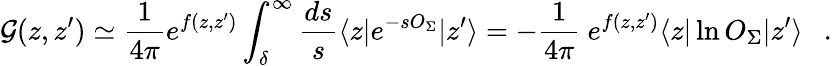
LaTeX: {\cal G}(z,z^{\prime})\simeq{\frac{1}{4\pi}}e^{f(z,z^{\prime})}\int_{\delta}^{\infty}{\frac{ds}{s}}\langle z|e^{-sO_{\Sigma}}|z^{\prime}\rangle=-{\frac{1}{4\pi}}~e^{f(z,z^{\prime})}\langle z|\ln O_{\Sigma}|z^{\prime}\rangle~~~.